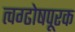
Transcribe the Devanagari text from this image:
त्वग्ढोषपूरक